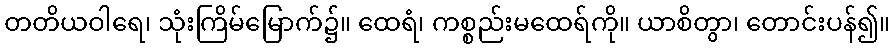
တတိယဝါရေ၊ သုံးကြိမ်မြောက်၌။ ထေရံ၊ ကစ္စည်းမထေရ်ကို။ ယာစိတွာ၊ တောင်းပန်၍။